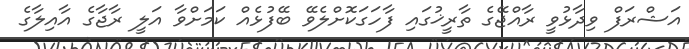
އަޝްރަފް ވިދާޅުވީ ރާއްޖޭގެ ތާރީޚުގައި ފާހަގަކޮށްލެވޭ ބޭފުޅެއް ކަމަށްވާ އަލީ ރާޖާގެ އާއިލާގެ